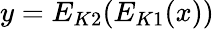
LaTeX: y=E_{K2}(E_{K1}(x))